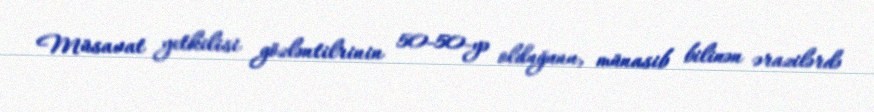
Müsavat yetkilisi gözləntilrinin 50-50-yə olduğunu, münasib bilinən ərazilərdə